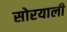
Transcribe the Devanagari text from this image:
सोरयाली